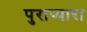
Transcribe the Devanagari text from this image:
पुराप्पारा